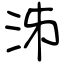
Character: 泲